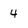
Character: 4